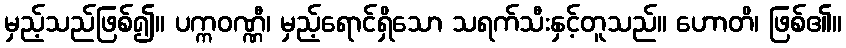
မှည့်သည်ဖြစ်၍။ ပက္ကဝဏ္ဏီ၊ မှည့်ရောင်ရှိသော သရက်သီးနှင့်တူသည်။ ဟောတိ၊ ဖြစ်၏။